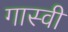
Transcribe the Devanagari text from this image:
गास्वी